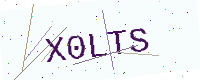
Text: X0LTS